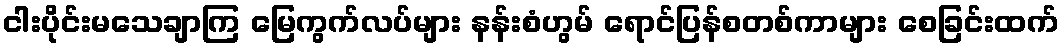
ငါးပိုင်းမသေချာကြ မြေကွက်လပ်များ နန်းစံဟွမ် ရောင်ပြန်စတစ်ကာများ စေခြင်းထက်